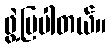
ဖွဲ့ပြပါတယ်။